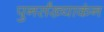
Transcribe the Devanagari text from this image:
पुनर्संख्याकंन